Problem: 14 - 14 = ?
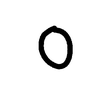
Handwritten answer: 0